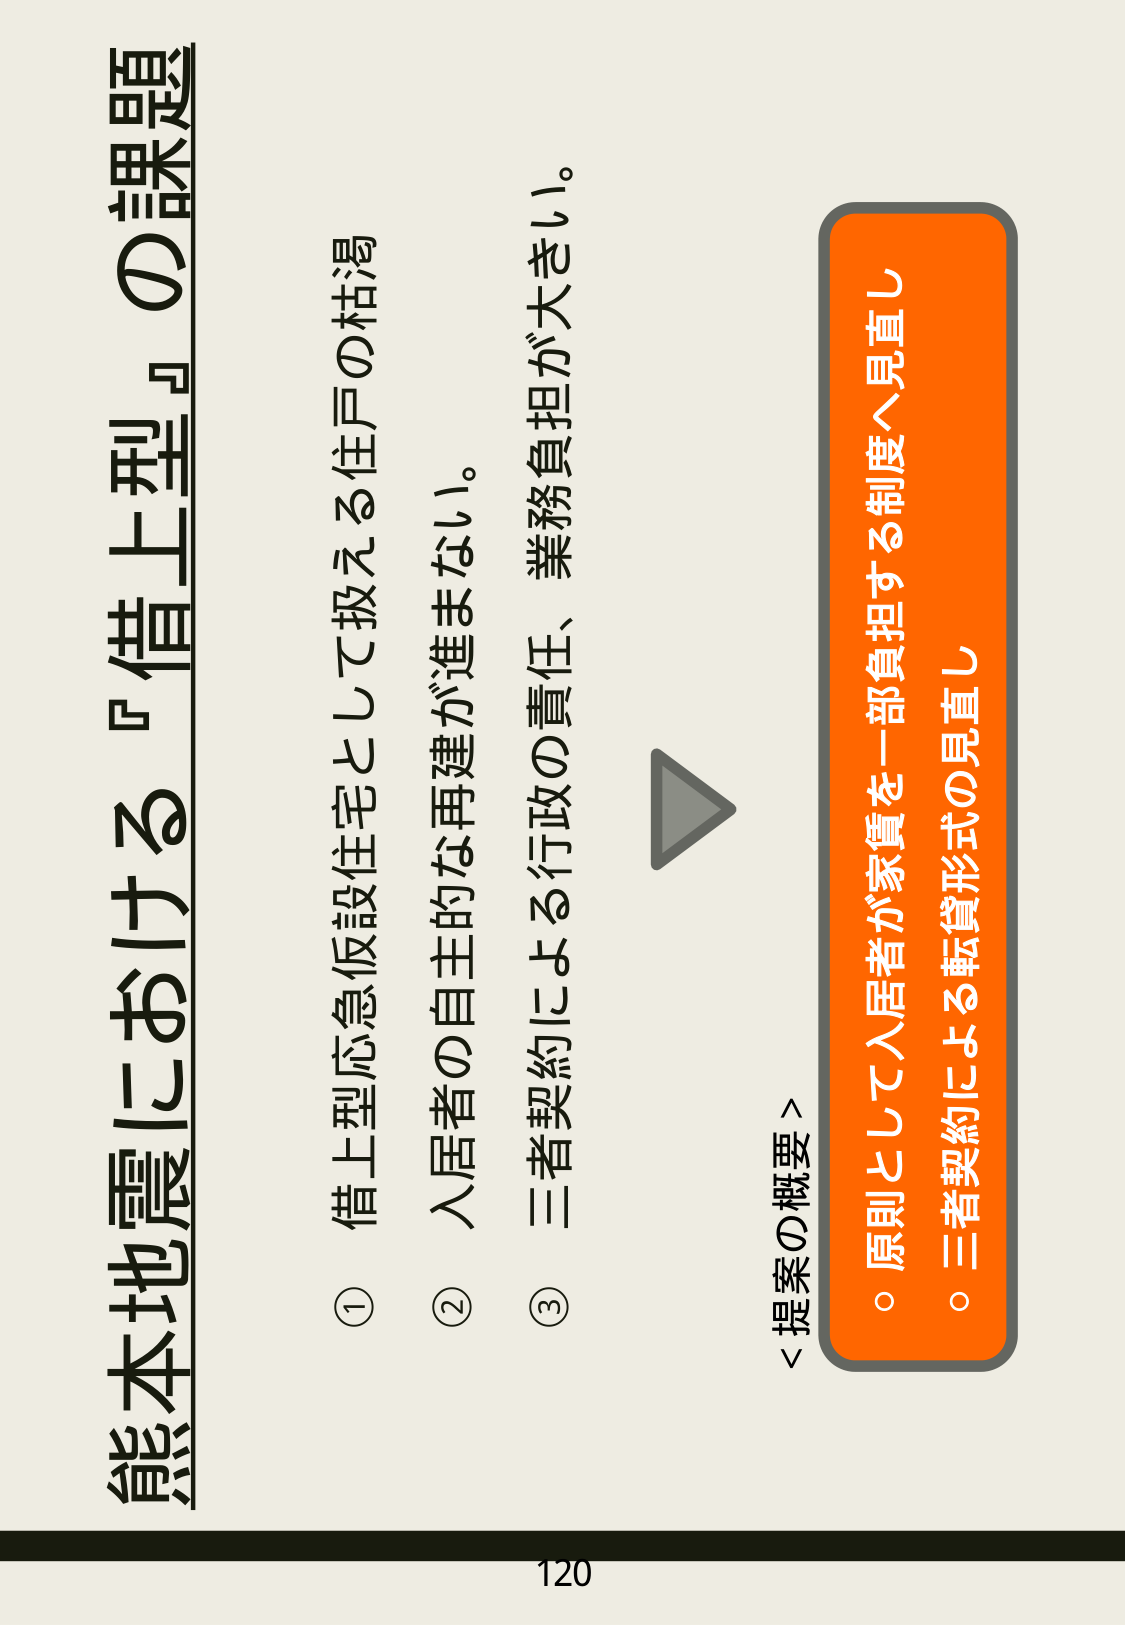
熊本地震における『借上型』の課題

① 借上型応急仮設住宅として扱える住戸の枯渇
② 入居者の自主的な再建が進まない。
③ 三者契約による行政の責任、業務負担が大きい。

＜提案の概要＞

○ 原則として入居者が家賃を一部負担する制度へ見直し
○ 三者契約による転貸形式の見直し

120